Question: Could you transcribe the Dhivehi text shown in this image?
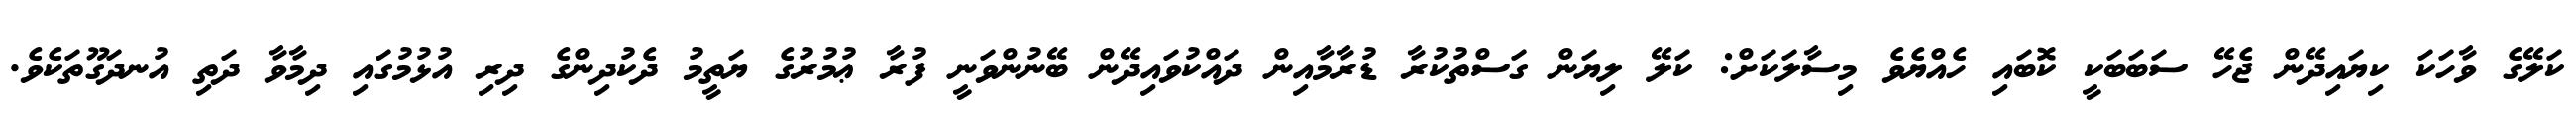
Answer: ކަލޭގެ ވާހަކަ ކިޔައިދޭން ޖެހޭ ސަބަބަކީ ކޮބައި ހެއްޔެވެ މިސާލަކަށް: ކަލޭ ލިޔަން ގަސްތުކުރާ ޑުރާމާއިން ދައްކުވައިދޭން ބޭނުންވަނީ ފުރާ ޢުމުރުގެ ޔަތީމު ދެކުދިންގެ ދިރި އުޅުމުގައި ދިމާވާ ދަތި އުނދަގޫތަކެވެ.